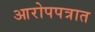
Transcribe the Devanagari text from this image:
आरोपपत्रात